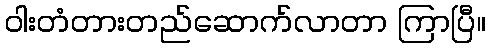
ဝါးတံတားတည်ဆောက်လာတာ ကြာပြီ။